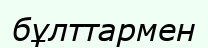
бұлттармен